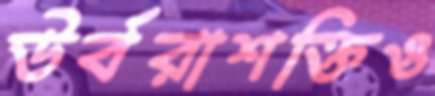
উর্বরাশক্তিও